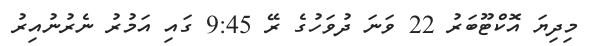
މިދިޔަ އޮކްޓޫބަރު 22 ވަނަ ދުވަހުގެ ރޭ 9:45 ގައި އަމުރު ނެރުނުއިރު